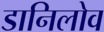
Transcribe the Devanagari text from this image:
डानिलोव